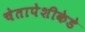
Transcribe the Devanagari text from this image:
चेतापेशीकेडे